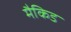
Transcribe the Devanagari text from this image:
मैकिड